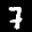
Label: 7